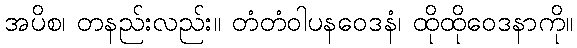
အပိစ၊ တနည်းလည်း။ တံတံဝါပနဝေဒနံ၊ ထိုထိုဝေဒနာကို။